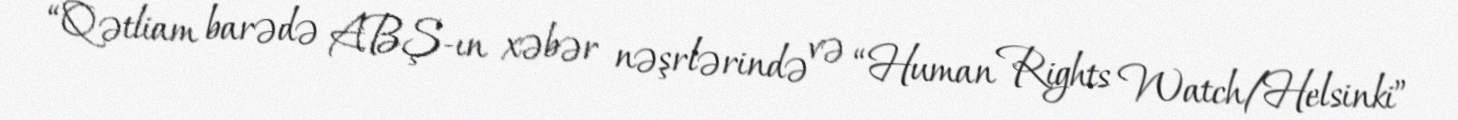
“Qətliam barədə ABŞ-ın xəbər nəşrlərində və “Human Rights Watch/Helsinki”